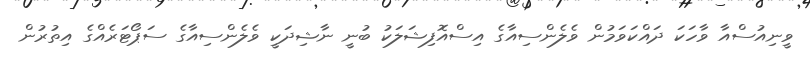
ވީނިއުސްއާ ވާހަކަ ދައްކަވަމުން ވެލެންސިއާގެ އިސްއޮފިޝަލަކު ބުނީ ނާޝިދަކީ ވެލެންސިއާގެ ސަޕޯޓަރެއްގެ އިތުރުން